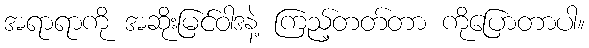
အရာရာကို အဆိုးမြင်ဝါဒနဲ့ ကြည့်တတ်တာ ကိုပြောတာပါ။